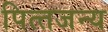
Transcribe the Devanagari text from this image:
पित्‍तजन्‍य